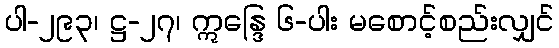
ပါ-၂၉၃၊ ဋ္ဌ-၂၇၊ ဣန္ဒြေ ၆-ပါး မစောင့်စည်းလျှင်